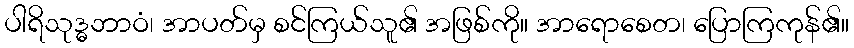
ပါရိသုဒ္ဓဘာဝံ၊ အာပတ်မှ စင်ကြယ်သူ၏ အဖြစ်ကို။ အာရောစေတ၊ ပြောကြကုန်၏။